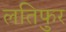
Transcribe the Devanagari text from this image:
लतिफुर